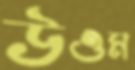
উওম